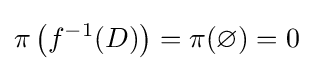
\pi \left(f^{-1}(D)\right)=\pi (\varnothing )=0